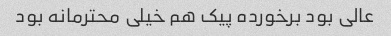
عالی بود برخورده پیک هم خیلی محترمانه بود